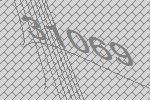
31069